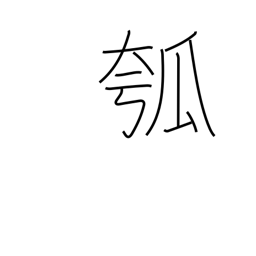
Meaning: gourd